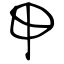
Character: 甲